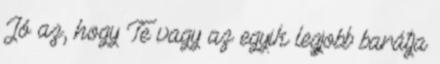
Jó az, hogy Te vagy az egyik legjobb barátja